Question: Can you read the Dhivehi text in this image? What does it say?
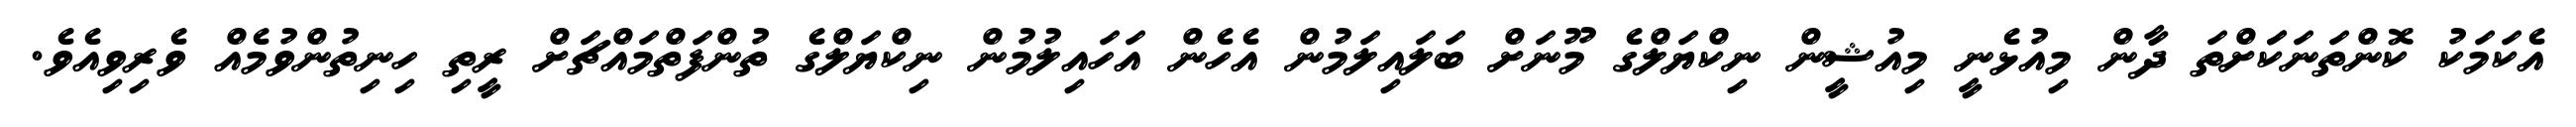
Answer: އެކަމަކު ކޮންތަނަކަަށްތަ ދާން މިއުޅެނީ މިއުޝީން ނިކްޔަލްގެ މޫނަށް ބަލައިލަމުން އެހެން އަހައިލުމުން ނިކްޔަލްގެ ތުންފަތްމައްޗަށް ރީތި ހިނިތުންވުމެއް ވެރިވިއެވެ.